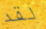
لقد